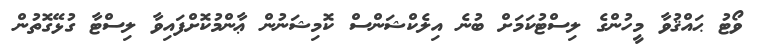
ވޯޓު ޙައްޤުވާ މީހުންގެ ލިސްޓުކަމަށް ބުނެ އިލެކްޝަންސް ކޮމިޝަނުން ޢާންމުކޮށްފައިވާ ލިސްޓާ ގުޅޭގޮތުން